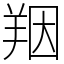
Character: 䍰